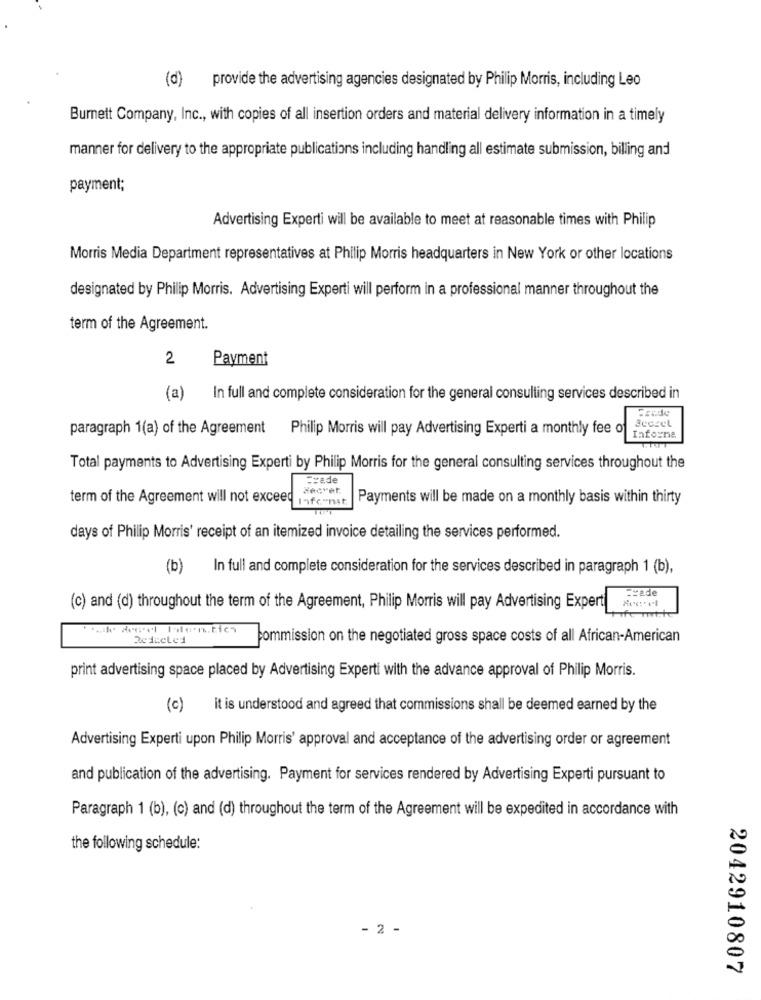
(d) provide the advertising agencies designated by Philip Morris, including Leo
Burnett Company, Inc ., with copies of all insertion orders and material delivery information in a timely
manner for delivery to the appropriate publications including handling all estimate submission, billing and
payment;
Advertising Experti will be available to meet at reasonable times with Philip
Morris Media Department representatives at Philip Morris headquarters in New York or other locations
designated by Philip Morris. Advertising Experti will perform in a professional manner throughout the
term of the Agreement.
2
Payment
(a) In full and complete consideration for the general consulting services described in
paragraph 1(a) of the Agreement Philip Morris will pay Advertising Experti a monthly fee of
Informe
Total payments to Advertising Experti by Philip Morris for the general consulting services throughout the
Frade
Secret
term of the Agreement will not exceed
Info-mst
Payments will be made on a monthly basis within thirty
days of Philip Morris' receipt of an itemized invoice detailing the services performed.
(b)
In full and complete consideration for the services described in paragraph 1 (b),
Frade
(c) and (d) throughout the term of the Agreement, Philip Morris will pay Advertising Expert
Commission on the negotiated gross space costs of all African-American
print advertising space placed by Advertising Experti with the advance approval of Philip Morris.
(c) it is understood and agreed that commissions shall be deemed earned by the
Advertising Experti upon Philip Morris' approval and acceptance of the advertising order or agreement
and publication of the advertising. Payment for services rendered by Advertising Experti pursuant to
Paragraph 1 (b), (c) and (d) throughout the term of the Agreement will be expedited in accordance with
the following schedule:
- 2 -
2042910807